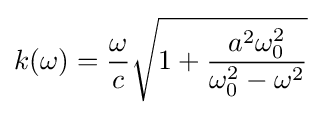
k(\omega )={\frac {\omega }{c}}{\sqrt {1+{\frac {a^{2}\omega _{0}^{2}}{\omega _{0}^{2}-\omega ^{2}}}}}